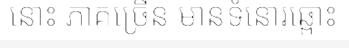
នោះ ភាគច្រើន មានទំនោរឆ្ពោះ